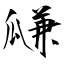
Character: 㼓